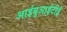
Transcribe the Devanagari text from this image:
आईयूआईटीई